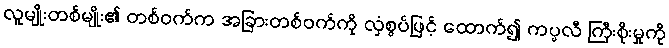
လူမျိုးတစ်မျိုး၏ တစ်ဝက်က အခြားတစ်ဝက်ကို လှံစွပ်ဖြင့် ထောက်၍ ကပ္ပလီ ကြီးစိုးမှုကို